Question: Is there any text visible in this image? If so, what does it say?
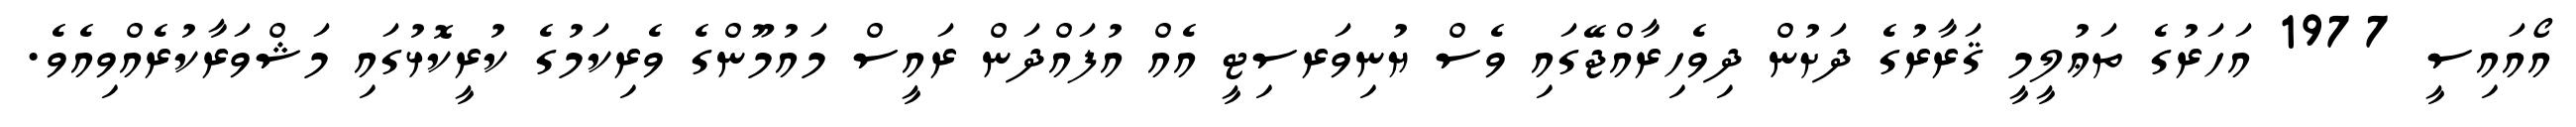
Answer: އޯއައިސީ 1977 އަހަރުގެ ތަޢުލީމީ ޤަރާރުގެ ދަށުން ދިވެހިރާއްޖޭގައި ވެސް ޔުނިވަރސިޓީ އެއް އުފައްދަން ރައީސް މައުމޫންގެ ވެރިކަމުގެ ކުރީކޮޅުގައި މަޝްވަރާކުރެއްވިއެވެ.